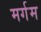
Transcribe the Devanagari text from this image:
मर्गम